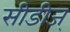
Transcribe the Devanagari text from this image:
सीडीज्